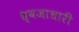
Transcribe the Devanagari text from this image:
ध्वजाधारी